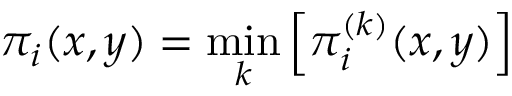
\pi _ { i } ( x , y ) = \operatorname* { m i n } _ { k } \left[ \pi _ { i } ^ { ( k ) } ( x , y ) \right]